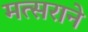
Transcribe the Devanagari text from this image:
मत्सराने